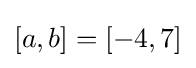
[a,b]=[-4,7]